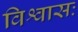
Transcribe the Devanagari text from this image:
विश्वासः